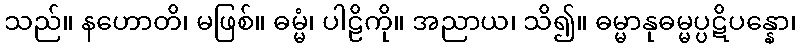
သည်။ နဟောတိ၊ မဖြစ်။ ဓမ္မံ၊ ပါဠိကို။ အညာယ၊ သိ၍။ ဓမ္မာနုဓမ္မပ္ပဋိပန္နော၊